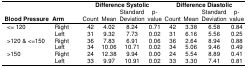
<table><thead><tr><td rowspan="2"><b>Blood Pressure</b></td><td rowspan="2"><b>Arm</b></td><td colspan="4"><b>Difference Systolic</b></td><td colspan="4"><b>Difference Diastolic</b></td></tr><tr><td><b>Count</b></td><td><b>Mean</b></td><td><b>Standard Deviation</b></td><td><b>p-value</b></td><td><b>Count</b></td><td><b>Mean</b></td><td><b>Standard Deviation</b></td><td><b>p-value</b></td></tr></thead><tbody><tr><td rowspan="2">&lt;= 120</td><td>Right</td><td>42</td><td>4.02</td><td>8.24</td><td>0.71</td><td>42</td><td>3.38</td><td>6.58</td><td>0.84</td></tr><tr><td>Left</td><td>31</td><td>9.32</td><td>7.73</td><td>0.02</td><td>31</td><td>6.16</td><td>5.56</td><td>0.25</td></tr><tr><td rowspan="2">&gt;120 &amp; &lt;=150</td><td>Right</td><td>36</td><td>7.83</td><td>6.91</td><td>0.06</td><td>36</td><td>2.64</td><td>8.94</td><td>0.88</td></tr><tr><td>Left</td><td>34</td><td>10.06</td><td>10.71</td><td>0.02</td><td>34</td><td>5.06</td><td>9.46</td><td>0.49</td></tr><tr><td rowspan="2">&gt;150</td><td>Right</td><td>24</td><td>12.38</td><td>9.94</td><td>0.00</td><td>24</td><td>5.54</td><td>8.89</td><td>0.41</td></tr><tr><td>Left</td><td>33</td><td>9.97</td><td>10.91</td><td>0.02</td><td>33</td><td>3.30</td><td>7.41</td><td>0.81</td></tr></tbody></table>